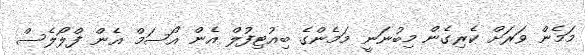
މަމެން ވަރަށް ކެރިގެން މިބުނަނީ މަމެންގެ ބިއުޓިފުލް އެން އޯސަމް އެން ފްލޯލެސް